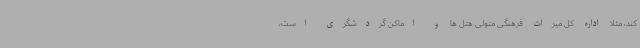
کند، مثلا اداره کل میراث فرهنگی متولی هتل ها و اماکن گردشگری است،